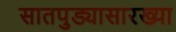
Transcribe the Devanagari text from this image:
सातपुड्यासारख्या